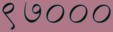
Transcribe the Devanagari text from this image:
९७०००